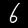
Digit: 6